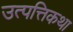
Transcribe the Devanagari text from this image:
उत्पत्तिकथा